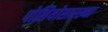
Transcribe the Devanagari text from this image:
पोलियोसारख्या